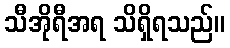
သီအိုရီအရ သိရှိရသည်။